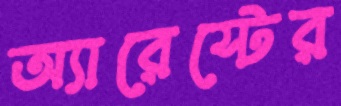
অ্যারেস্টের